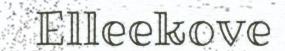
Elleekove